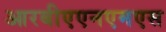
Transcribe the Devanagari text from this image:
आरबीएएनएमएस